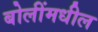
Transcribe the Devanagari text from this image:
बोलींमधील